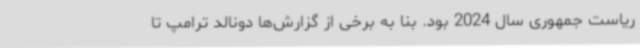
ریاست جمهوری سال 2024 بود. بنا به برخی از گزارش‌ها دونالد ترامپ تا